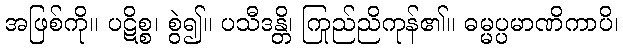
အဖြစ်ကို။ ပဋိစ္စ၊ စွဲ၍။ ပသီဒန္တိ၊ ကြည်ညိုကုန်၏။ ဓမ္မပ္ပမာဏိကာပိ၊